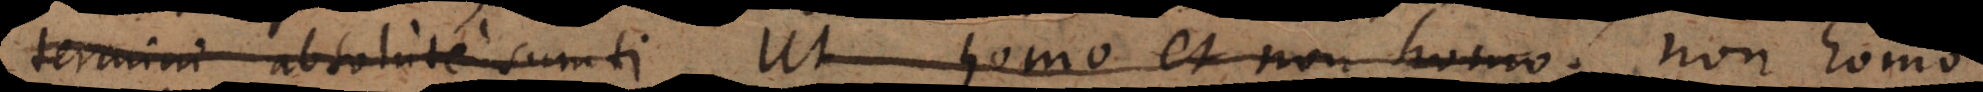
termini absolute sumti. Ut homo et non homo.